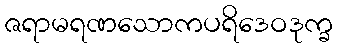
ဇရာမရဏသောကပရိဒေဝဒုက္ခ